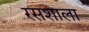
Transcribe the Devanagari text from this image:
रसशाला